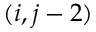
( i , j - 2 )